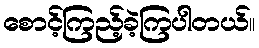
စောင့်ကြည့်ခဲ့ကြပါတယ်။